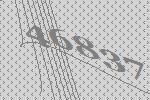
46837